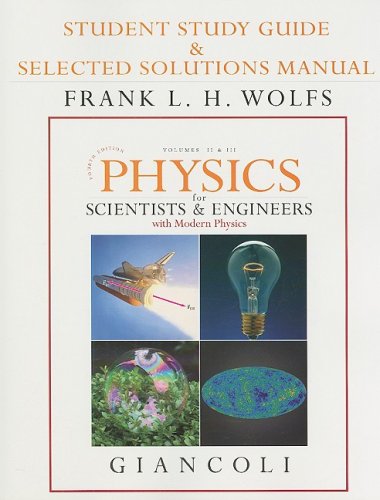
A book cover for Student Study Guide & Selected Solutions Manual for Physics for Scientists & Engineers with Modern Physics Vols. 2 & 3 (Chs.21-44) (v. 2 & 3, Chapters 2); Douglas C. Giancoli; Science & Math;